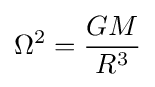
\Omega ^{2}={GM \over R^{3}}